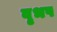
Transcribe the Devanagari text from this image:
वृभष